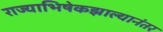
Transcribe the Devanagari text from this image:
राज्याभिषेकझाल्यानंतर